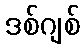
ဒစ်ဂျစ်